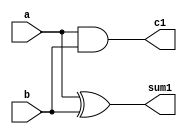
`timescale 1ns / 1ps
//////////////////////////////////////////////////////////////////////////////////
// Company: 
// Engineer: 
// 
// Design Name: 
// Module Name: lab03cccc
// Project Name: 
// Target Devices: 
// Tool Versions: 
// Description: 
// 
// Dependencies: 
// 
// Revision:
// Revision 0.01 - File Created
// Additional Comments:
// 
//////////////////////////////////////////////////////////////////////////////////
module lab03(
    input a,
    input b,
    output sum1,
    output c1
    );
    assign sum1=a^b;
    assign c1=a&b;
endmodule

module lab03b(
    input x,
    input y,
    input z,
    output sum,
    output cout
);
wire w1,w2,w3;
lab03 h1(x,y,w1,w2);
lab03 h2(z,w1,sum,w3);
assign cout=(w1||w2);
endmodule


module lab03cccc(
    input a1,
    input b1,
    input a2,
    input b2,
    input a3,
    input b3,
    input a4,
    input b4,
    output o1,
    output o2,
    output o3,
    output o4,
    output cout
    );
    wire y1,y2,y3,y4;
    lab03 x1(a1,b1,o1,y1);
    lab03b x2(a2,b2,y1,o2,y2);
    lab03b x3(a3,b3,y2,o3,y3);
    lab03b x4(a4,b4,y3,o4,cout);
endmodule